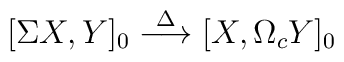
[\Sigma X,Y]_0 \stackrel{\Delta}{\longrightarrow} [X,\Omega_c Y]_0